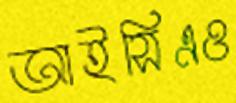
আইসিএও